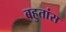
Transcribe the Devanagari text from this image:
बहुतांस